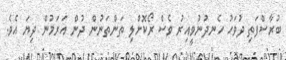
ބުރާސްފަތި ދުވަހު ހެނދުނުވީއިރު ވެސް ރޯކޮށްލި ތަންތަނުން ދުން އަރަމުން ދިޔަ އެވެ.